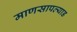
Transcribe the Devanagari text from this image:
माणसापल्याड